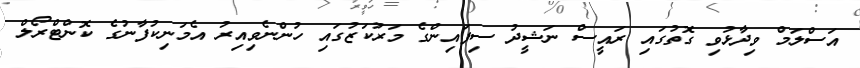
އަސްލަމް ވިދާޅުވި ގޮތުގައި ރައީސް ނަޝީދު ސިފައިންގެ މަރުކަޒުގައި ހުންނެވިއިރު އެމަނިކުފާނުގެ ކޮންޓްރޯލް